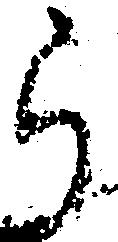
ら